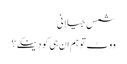
شمس جیلانی
ووٹ تو ہم ان ہی کو دینگے ؟